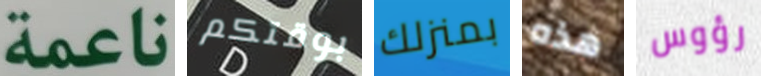
ناعمة بوقتكم بمنزلك هذه رؤوس